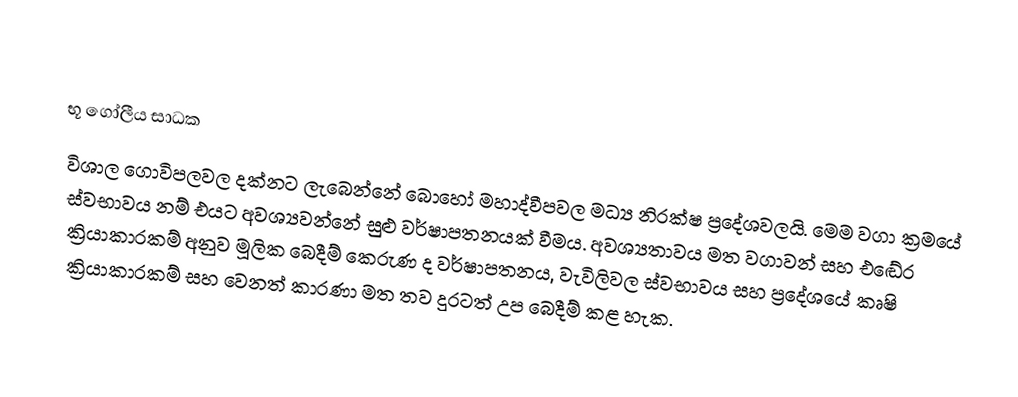

භූ ගෝලීය සාධක
විශාල ගොවිපලවල දක්නට ලැබෙන්නේ බොහෝ මහාද්වීපවල මධ්‍ය නිරක්ෂ ප්‍රදේශවලයි. මෙම වගා ක්‍රමයේ ස්වභාවය නම් එයට අවශ්‍යවන්නේ සුළු වර්ෂාපතනයක් වීමය. අවශ්‍යතාවය මත වගාවන් සහ එඬේර ක්‍රියාකාරකම් අනුව මූලික බෙදීම් කෙරුණ ද වර්ෂාපතනය, වැවිලිවල ස්වභාවය සහ ප්‍රදේශයේ කෘෂි ක්‍රියාකාරකම් සහ වෙනත් කාරණා මත තව දුරටත් උප බෙදීම් කළ හැක.